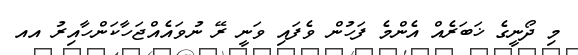
މި ދޯނީގެ ޚަބަރެއް އެންމެ ފަހުން ވެފައި ވަނީ ރޭ ނުވައެއްޖަހާކަންހާއިރު އއ